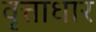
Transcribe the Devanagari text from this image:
वृत्ताधार